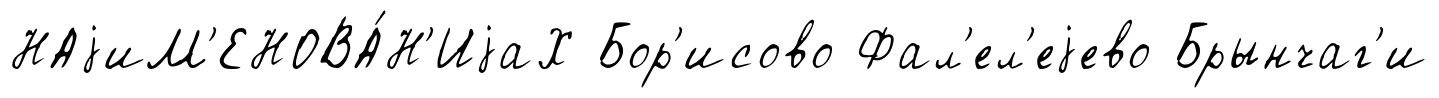
НАjиМ'ЕНОВА́Н'ИjаХ Бор'исово Фал'ел'еjево Брынчаг'и